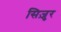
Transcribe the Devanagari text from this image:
सिज़ुर